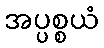
အပ္ပစ္စယံ